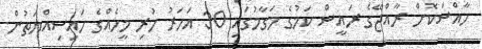
ހާއްސަކޮށް ރާއްޖޭގެ ރައީސް ކަމުގެ މަގާމުގައި 30 އަހަރު ހުރި މީހެއްގެ ހައިސިއްޔަތުން